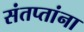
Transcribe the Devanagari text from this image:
संतप्तांना